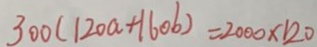
3 0 0 ( 1 2 0 a + 1 6 0 b ) = 2 0 0 0 \times 1 2 0